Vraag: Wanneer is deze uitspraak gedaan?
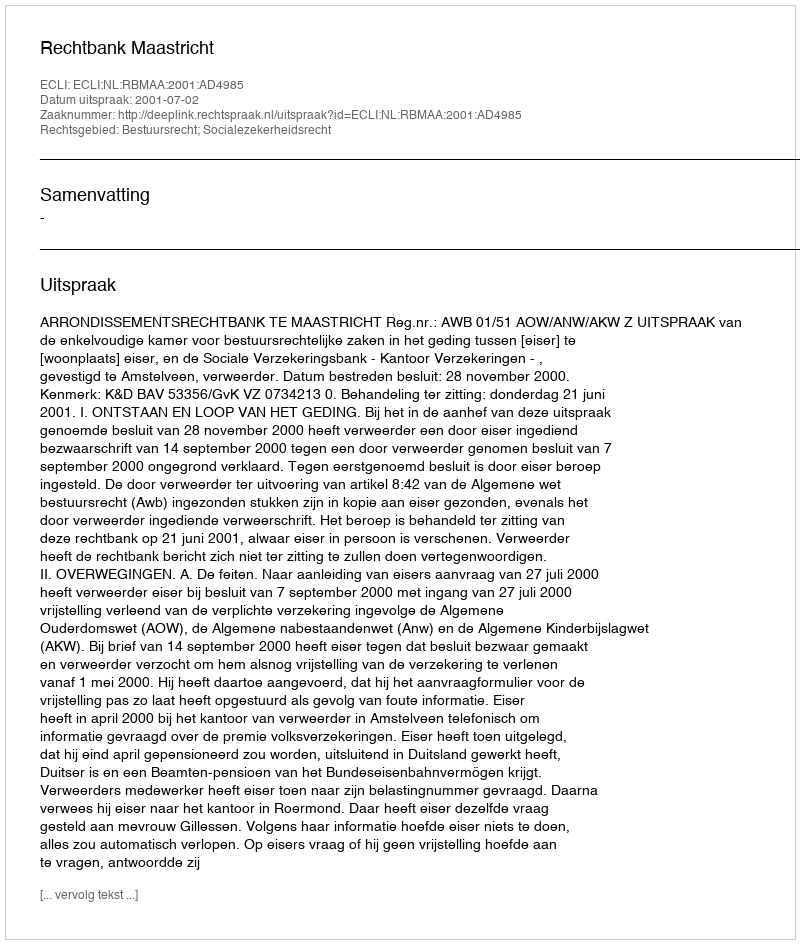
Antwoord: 2001-07-02